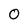
Character: 0